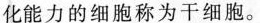
化能力的细胞称为干细胞。